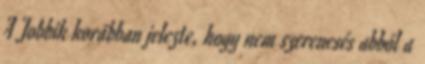
A Jobbik korábban jelezte, hogy nem szerencsés abból a